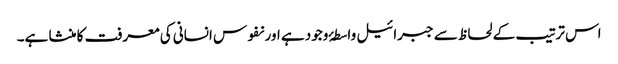
اس ترتیب کے لحاظ سے جبرائیل واسطۂ وجود ہے اور نفوس انسانی کی معرفت کا منشا ہے۔